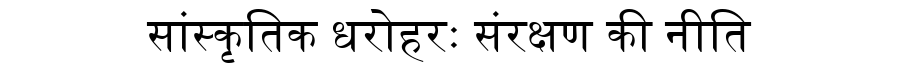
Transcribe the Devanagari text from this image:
सांस्कृतिक धरोहरः संरक्षण की नीति